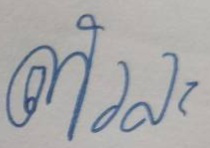
ตัวละ